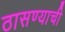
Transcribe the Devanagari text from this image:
ठासण्याची